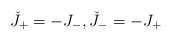
LaTeX: \begin{align*}\check{J}_{+}=-J_{-},\check{J}_{-}=-J_{+}\end{align*}